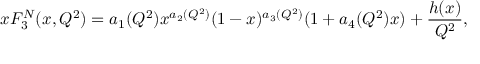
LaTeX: x F _ { 3 } ^ { N } ( x , Q ^ { 2 } ) = a _ { 1 } ( Q ^ { 2 } ) x ^ { a _ { 2 } ( Q ^ { 2 } ) } ( 1 - x ) ^ { a _ { 3 } ( Q ^ { 2 } ) } ( 1 + a _ { 4 } ( Q ^ { 2 } ) x ) + { \frac { h ( x ) } { Q ^ { 2 } } } ,